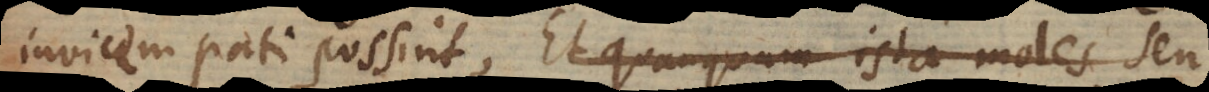
invicem pati possint. Et quanquam ista moles seu,